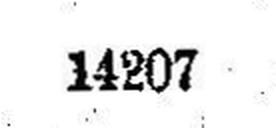
14207